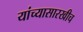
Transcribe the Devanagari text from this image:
यांच्यासारखीच